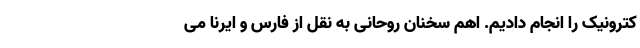
کترونیک را انجام دادیم. اهم سخنان روحانی به نقل از فارس و ایرنا می